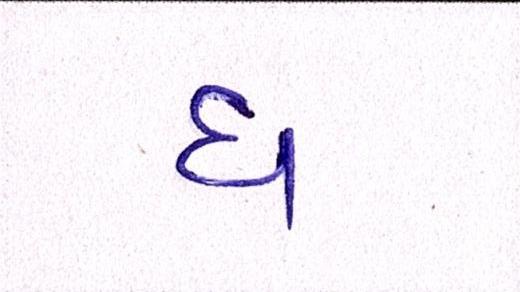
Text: ધ